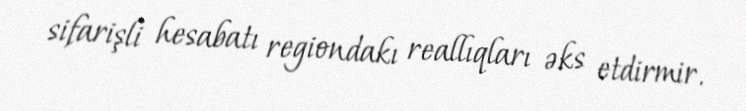
sifarişli hesabatı regiondakı reallıqları əks etdirmir.